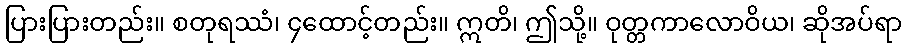
ပြားပြားတည်း။ စတုရဿံ၊ ၄ထောင့်တည်း။ ဣတိ၊ ဤသို့။ ဝုတ္တကာလောဝိယ၊ ဆိုအပ်ရာ